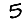
Digit: 5